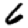
Digit: 6